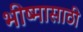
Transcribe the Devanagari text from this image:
भीष्मासाठी